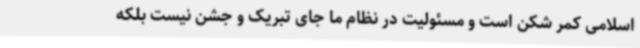
اسلامی کمر شکن است و مسئولیت در نظام ما جای تبریک و جشن نیست بلکه